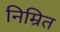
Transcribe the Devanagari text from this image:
निम्रित